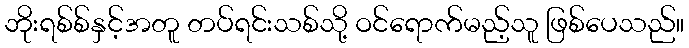
ဘိုးရစ်စ်နှင့်အတူ တပ်ရင်းသစ်သို့ ဝင်ရောက်မည့်သူ ဖြစ်ပေသည်။